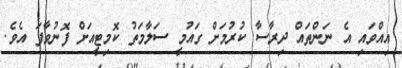
އިއްވައި އެ ނަންތައް ދިރާސާ ކުރުމަށް ގައުމީ ސަލާމަތު ކޮމިޓީއަށް ފޮނުވާފަ އެވެ.